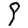
Digit: 9